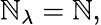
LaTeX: \mathbb{N}_{\lambda}=\mathbb{N},